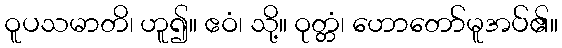
ဝူပသမာတိ၊ ဟူ၍။ ဧဝံ၊ သို့။ ဝုတ္တံ၊ ဟောတော်မူအပ်၏။